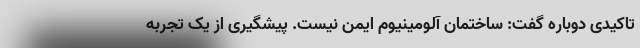
تاکیدی دوباره گفت: ساختمان آلومینیوم ایمن نیست. پیشگیری از یک تجربه